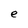
Character: e